Annual report on the health of the army in India
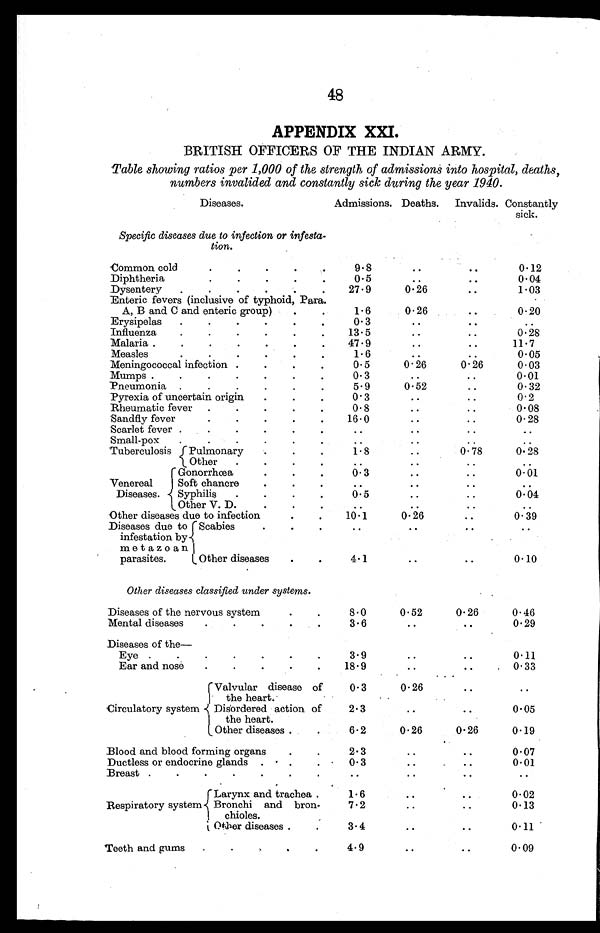
48
APPENDIX XXI.
BRITISH OFFICERS OF THE INDIAN ARMY.
Table showing ratios per 1,000 of the strength of admissions into hospital, deaths,
numbers invalided and constantly sick during the year 1940.
Diseases.
Admissions. Deaths. Invalids. Constantly
sick.
Specific diseases due to infection or infesta-
tion.
Common cold .
.
.
.
9.8
..
..
0.12
Diphtheria .
0.5
..
..
0.04
Dysentery .
.
.
.
.
.
27.9
0.26
..
1.03
Enteric fevers (inclusive of typhoid, Para.
A, B and C and enteric group)
.
1.6
0.26
..
0.20
Erysipelas
.
.
.
.
0.3
..
..
..
Influenza
.
.
.
.
.
13.5
..
..
0.28
Malaria .
.
.
.
.
.
.
47.9
..
..
11.7
Measles .
1.6
..
..
0.05
Meningococcal infection .
.
.
0.5
0.26
0.26
0.03
Mumps .
.
.
.
.
.
.
0.3
..
..
0.01
Pneumonia .
.
.
.
.
5.9
0.52
..
0.32
Pyrexia of uncertain origin
.
.
.
0.3
..
..
0.2
Rheumatic fever .
.
.
.
.
0 . 8
..
..
0 . 0 8
Sandfly fever
.
.
.
.
.
16.0
..
..
0.28
Scarlet fever .
.
.
.
.
. ..
..
..
..
Small-pox
.
.
.
.
. ..
..
..
..
Tuberculosis Pulmonary
.
.
.
1.8
..
0.78
0.28
Other .
.
.
. ..
..
..
..
Venereal
Diseases.
Gonorrhœa .
0.3
..
..
0.01
Soft chancre
.
.
..
..
..
..
Syphilis
. . .
0.5
..
..
0.04
Other V. D.
. . .
..
..
..
..
Other diseases due to infection
. .
10.1
0.26
0.39
Diseases due to
infestation by
metazoan
parasites.
Scabies
. . .
..
..
..
..
Other diseases
.
.
4.1
..
..
0.10
Other diseases classified under systems.
Diseases of the nervous system
8.0
0.52
0.26
0.46
Mental diseases
. . . . .
3.6
..
..
0.29
Diseases of the
—
Eye
.
.
.
.
.
3.9
..
..
0.11
Ear and nose
.
.
.
18.9
..
..
0.33
Circulatory system
Valvular disease of
the heart.
0.3
0 . 2 6
..
..
Disordered action of
the heart.
2 . 3
..
..
0.05
Other diseases .
6.2
0.26
0.26
0.19
Blood and blood forming organs
. .
2.3
..
..
0.07
Ductless or endocrine glands . . . .
0.3
..
..
0.01
Breast .
.
. . . . .
..
..
..
..
Respiratory system
Larynx and trachea .
1.6
..
..
0.02
Bronchi and bron-
chioles.
7.2
..
..
0.13
Other diseases .
3.4
..
..
0.11
Teeth and gums . . .
4.9
..
..
0.09